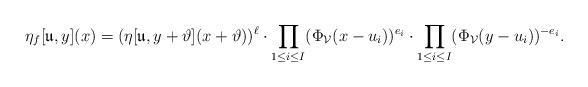
LaTeX: \begin{align*} \eta_f[\frak{u},y](x)=(\eta[\frak{u},y+\vartheta](x+\vartheta))^\ell\cdot\prod_{1\le i\le I}(\Phi_{\mathcal{V}}(x-u_i))^{e_i}\cdot \prod_{1\le i\le I}(\Phi_{\mathcal{V}}(y-u_i))^{-e_i}.\end{align*}